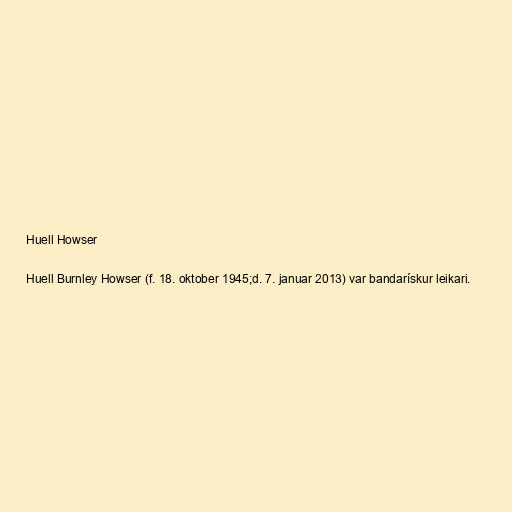
Huell Howser

Huell Burnley Howser (f. 18. oktober 1945;d. 7. januar 2013) var bandarískur leikari.